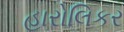
હારોલિકર